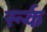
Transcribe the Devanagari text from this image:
रूर्क